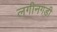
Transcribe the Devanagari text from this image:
लगीनगडी